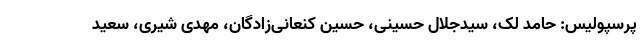
پرسپولیس: حامد لک، سیدجلال حسینی، حسین کنعانی‌زادگان، مهدی شیری، سعید